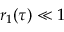
r _ { 1 } ( \tau ) \ll 1